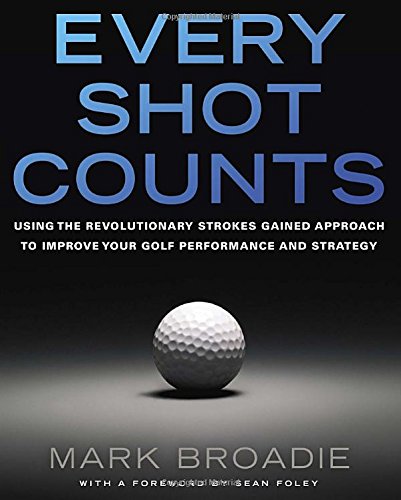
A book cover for Every Shot Counts: Using the Revolutionary Strokes Gained Approach to Improve Your Golf Performance  and Strategy; Mark Broadie; Sports & Outdoors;